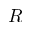
R